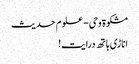
مشکوة وحی- علوم حدیث
اناڑی ہاتھ درایت!